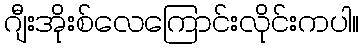
ဂျီးအိုးစ်လေကြောင်းလိုင်းကပါ။